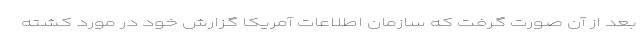
بعد از آن صورت گرفت که سازمان اطلاعات آمریکا گزارش خود در مورد کشته